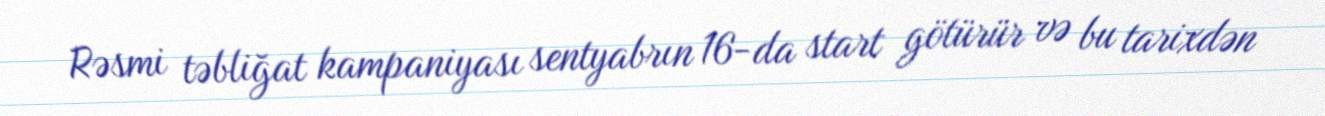
Rəsmi təbliğat kampaniyası sentyabrın 16-da start götürür və bu tarixdən